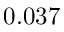
0 . 0 3 7